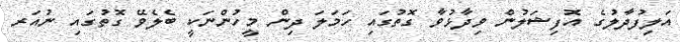
އަލިފުދާލުގެ އޮފިޝަލުން ވިދާޅުވާ ގޮތުގައި ހަމަލަ ދިން މީހުންނަކީ ބެލެވޭ ގޮތުގައި ނުއަރ